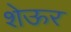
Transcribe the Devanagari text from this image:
शेऊर